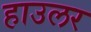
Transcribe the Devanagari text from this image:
हाउलर